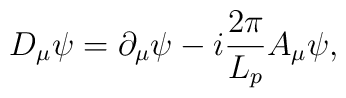
D_\mu \psi =\partial _\mu \psi -i\frac{2\pi }{L_p}A_\mu \psi ,